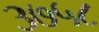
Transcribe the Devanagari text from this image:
३७५८